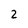
Character: 2